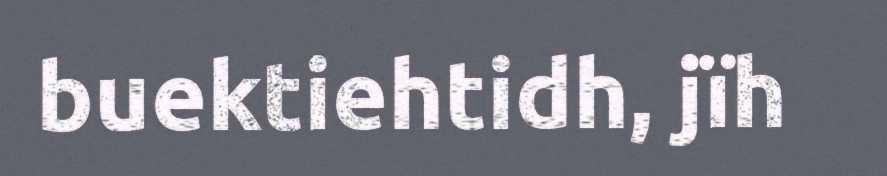
buektiehtidh, jïh